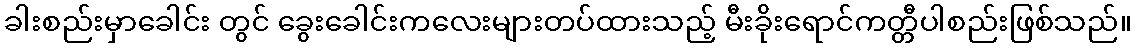
ခါးစည်းမှာခေါင်း တွင် ခွေးခေါင်းကလေးများတပ်ထားသည့် မီးခိုးရောင်ကတ္တီပါစည်းဖြစ်သည်။